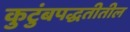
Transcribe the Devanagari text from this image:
कुटुंबपद्धतीतील